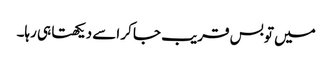
میں تو بس قریب جا کر اسے دیکھتا ہی رہا۔